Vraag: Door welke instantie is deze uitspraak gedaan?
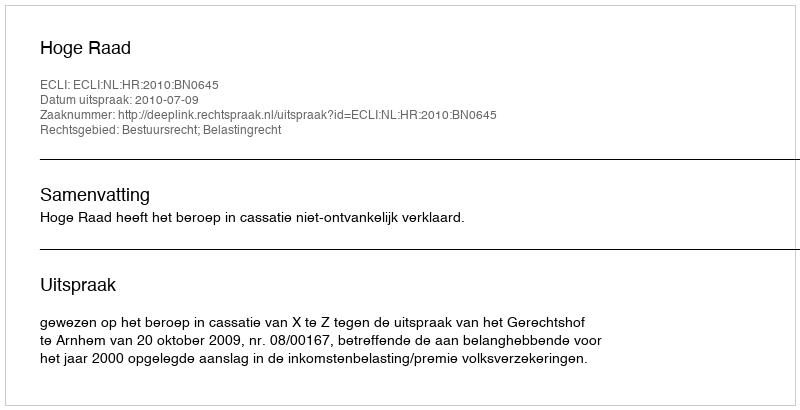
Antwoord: Hoge Raad